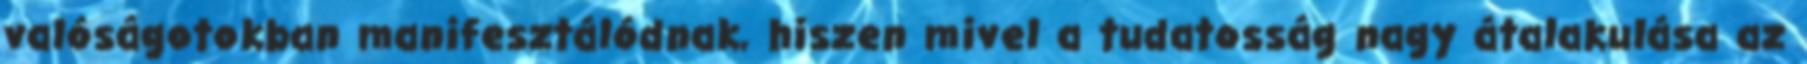
valóságotokban manifesztálódnak, hiszen mivel a tudatosság nagy átalakulása az